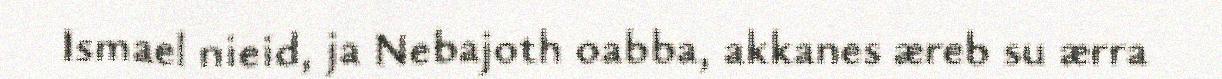
Ismael nieid, ja Nebajoth oabba, akkanes æreb su ærra